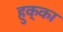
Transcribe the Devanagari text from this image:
हुक्‍का